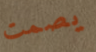
يصمت